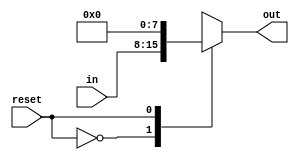
module MUX #(parameter WIDTH = 8)
	(input [WIDTH-1:0] in,
	input reset,
	output [WIDTH-1:0] out);

	always @(*) begin

		case (reset)
			1'b0: out = in;
			1'b1: out = (WIDTH-1)'b0;
			default: out = (WIDTH-1)'bx ;
		endcase

	end

endmodule